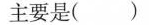
主要是()